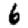
Digit: 6